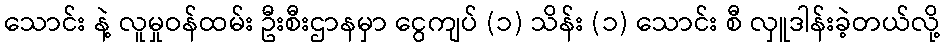
သောင်း နဲ့ လူမှုဝန်ထမ်း ဦးစီးဌာနမှာ ငွေကျပ် (၁) သိန်း (၁) သောင်း စီ လှူဒါန်းခဲ့တယ်လို့